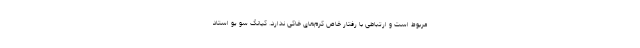
مربوط است و ارتباطی با رفتار خاص کرم‌های خاکی ندارد. کیانگ سو یو استاد